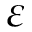
\varepsilon